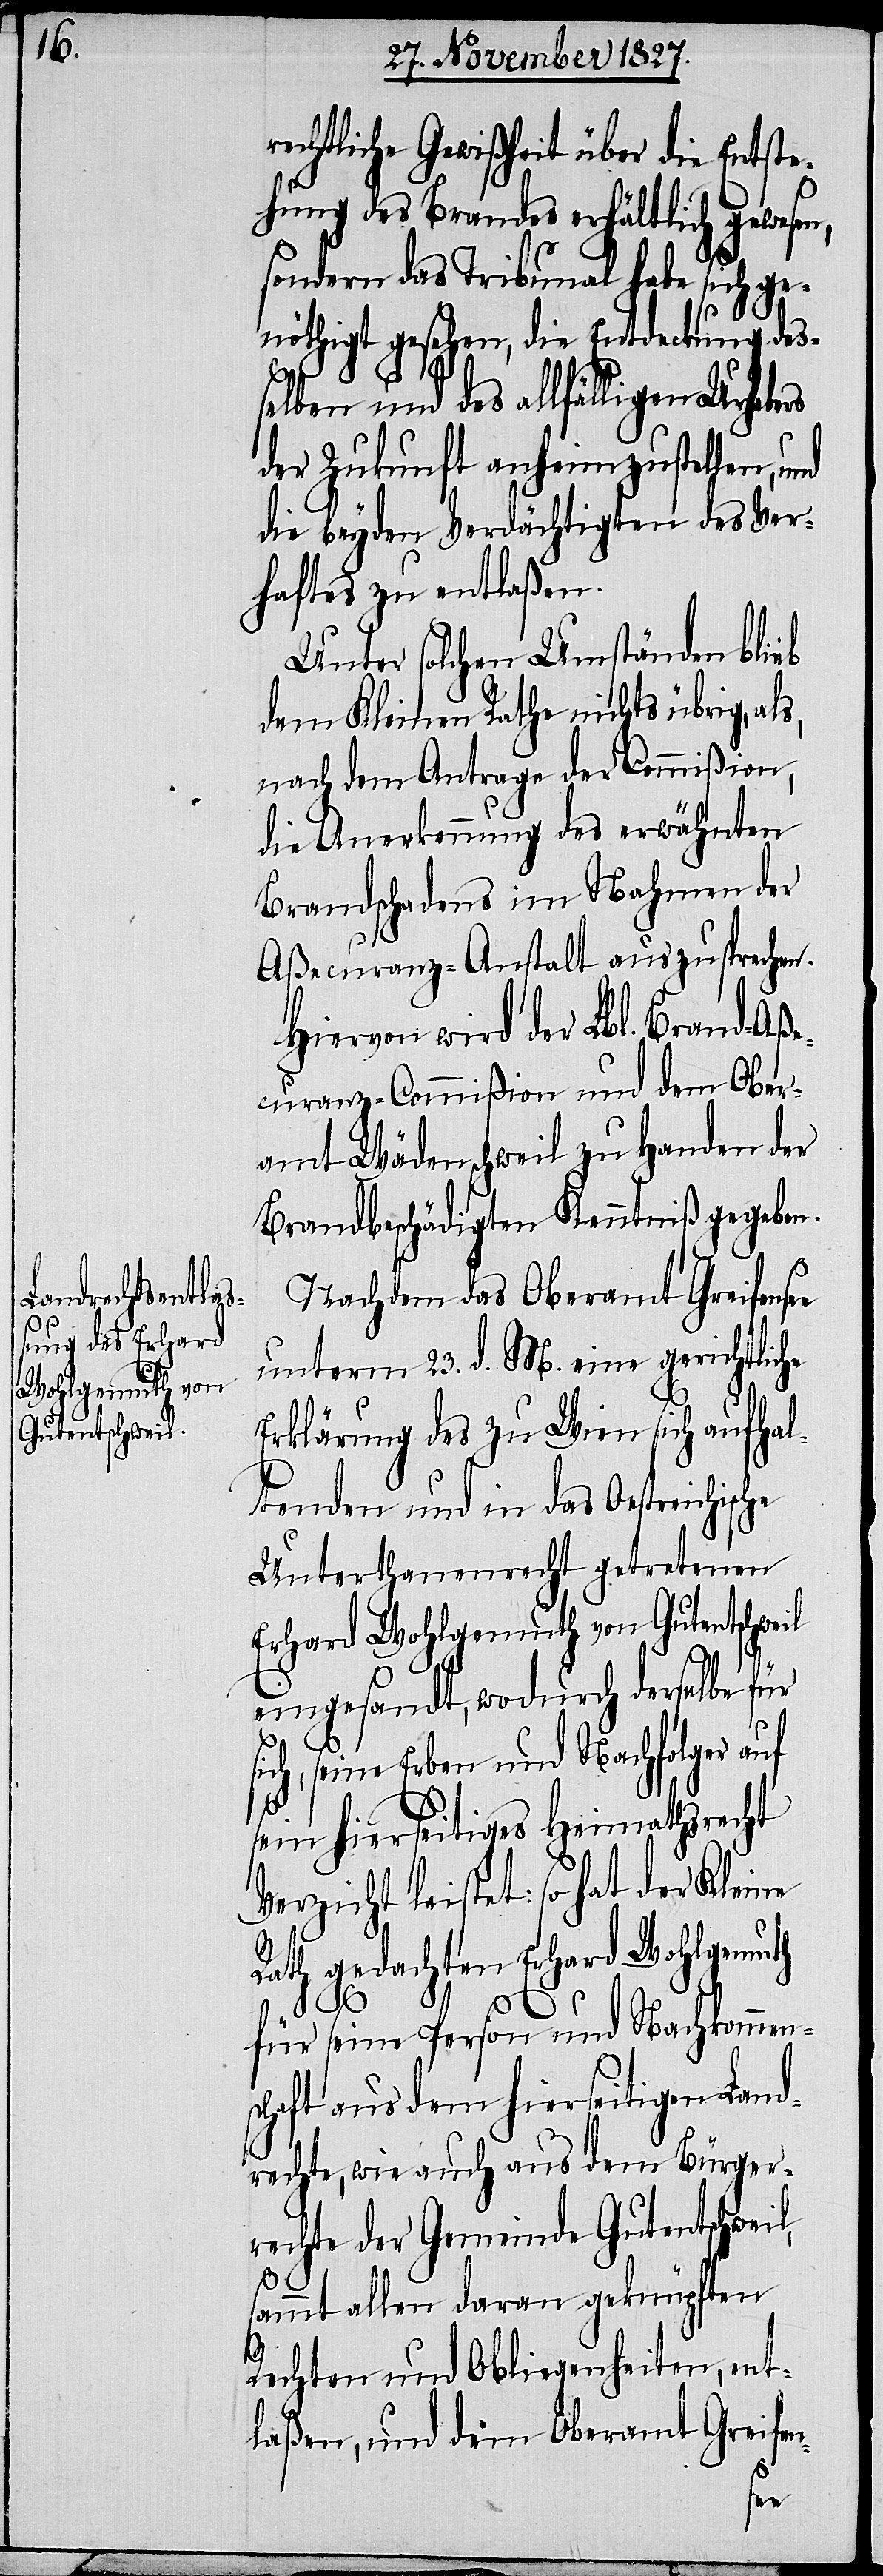
rechtliche Gewißheit über die Entste¬
s,
hung des Brandes erhältlich gewesen,
sondern das Tribunal habe sich ge¬
nöthigt gesehen, die Entdeckung des¬
selben und des allfälligen Urhebers
der Zukunft anheimzustellen, und
die beyden Verdächtigen des Ver¬
haftes zu entlaßen.
Unter solchen Umständen blieb
dem Kleinen Rathe nichts übrig, al¬
nach dem Antrage der Commißion,
die Anerkennung des erwähnten
Brandschadens im Nahmen der
Aßecuranz-Anstalt auszusprechen.
Hiervon wird der Lbl. Brand-Aße¬
curanz-Commißion und dem Ober¬
amt Wädenschweil zu Handen der
Brandbeschädigten Kenntniß gegeben.
Nachdem das Oberamt Greifense¬
unterm 23. d. M. eine gerichtliche
Erklärung des zu Wien sich aufhal¬
tenden und in das Oestreichis¬
Unterthanenrecht getretenen
Erhard Wohlgemuth von Gutentschweil
eingesandt, wodurch derselbe für
für seine Person und Nachkommens¬
sein hierseitiges Heimathsrecht
Verzicht leistet: so hat der Kleine
Rath gedachten Erhard Wohlgemuth
che
chaft aus dem hierseitigen Land¬
rechte, wie auch aus dem Bürger¬
rechte der Gemeinde Gutentschweil,
s¬
ammt allen daran geknüpften
Rechten und Obliegenheiten, ent¬
laßen, und dem Oberamt Greifen-
e